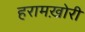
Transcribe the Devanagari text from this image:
हरामख़ोरी